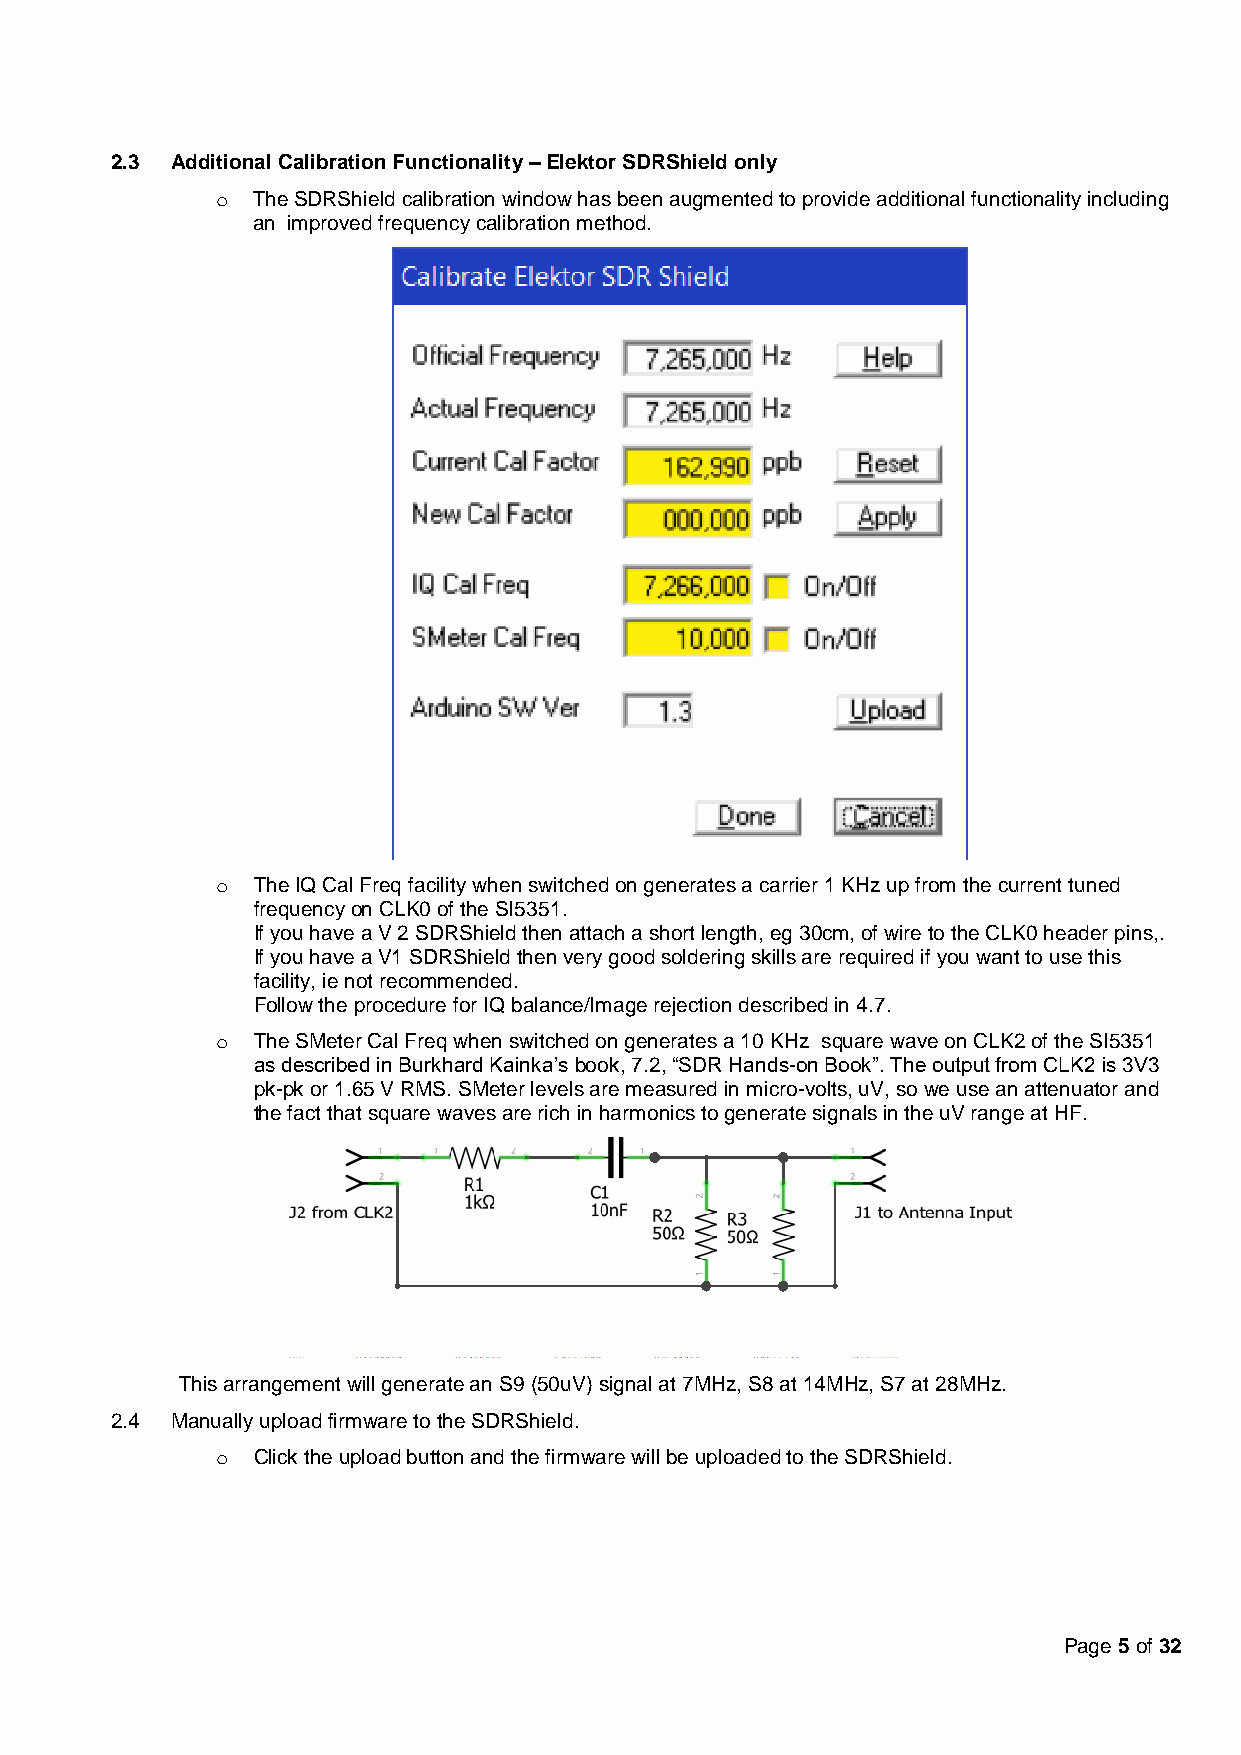
2.3 Additional Calibration Functionality – Elektor SDRShield only
 o  The SDRShield calibration window has been augmented to provide additional functionality including
 an improved frequency calibration method.
 o  The IQ Cal Freq facility when switched on generates a carrier 1 KHz up from the current tuned
 frequency on CLK0 of the SI5351.
 If you have a V 2 SDRShield then attach a short length, eg 30cm, of wire to the CLK0 header pins,.
 If you have a V1 SDRShield then very good soldering skills are required if you want to use this
 facility, ie not recommended.
 Follow the procedure for IQ balance/Image rejection described in 4.7.
 o  The SMeter Cal Freq when switched on generates a 10 KHz square wave on CLK2 of the SI5351
 as described in Burkhard Kainka’s book, 7.2, “SDR Hands-on Book”. The output from CLK2 is 3V3
 pk-pk or 1.65 V RMS. SMeter levels are measured in micro-volts, uV, so we use an attenuator and
 the fact that square waves are rich in harmonics to generate signals in the uV range at HF.
 This arrangement will generate an S9 (50uV) signal at 7MHz, S8 at 14MHz, S7 at 28MHz.
 2.4 Manually upload firmware to the SDRShield.
 o  Click the upload button and the firmware will be uploaded to the SDRShield.
 Page 5 of 32